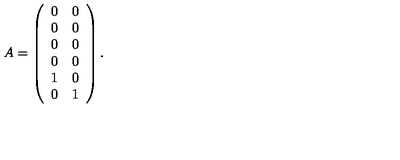
A = \left( \begin{array} { c c } { 0 } & { 0 } \\ { 0 } & { 0 } \\ { 0 } & { 0 } \\ { 0 } & { 0 } \\ { 1 } & { 0 } \\ { 0 } & { 1 } \\ \end{array} \right) .